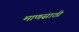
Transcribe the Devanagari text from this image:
माणसाठी